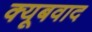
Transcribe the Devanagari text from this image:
क्यूबवाद